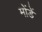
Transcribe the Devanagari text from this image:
मोंडें